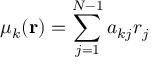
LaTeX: \mu _ { k } ( { \bf r } ) = \sum _ { j = 1 } ^ { N - 1 } a _ { k j } r _ { j }